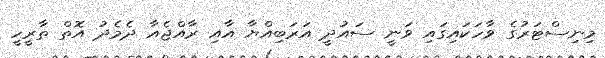
މިނިސްޓަރުގެ ވާހަކައިގައި ވަނީ ސައުދީ އަރަބިއްޔާ އާއި ރާއްޖެއާ ދެމެދު އޮތް ތާރީހީ